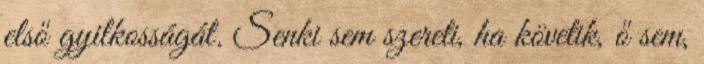
első gyilkosságát. Senki sem szereti, ha követik, ő sem,